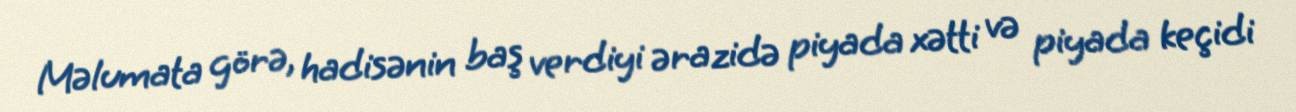
Məlumata görə, hadisənin baş verdiyi ərazidə piyada xətti və piyada keçidi